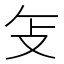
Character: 𫾦